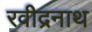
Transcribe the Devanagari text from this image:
रवीद्रनाथ